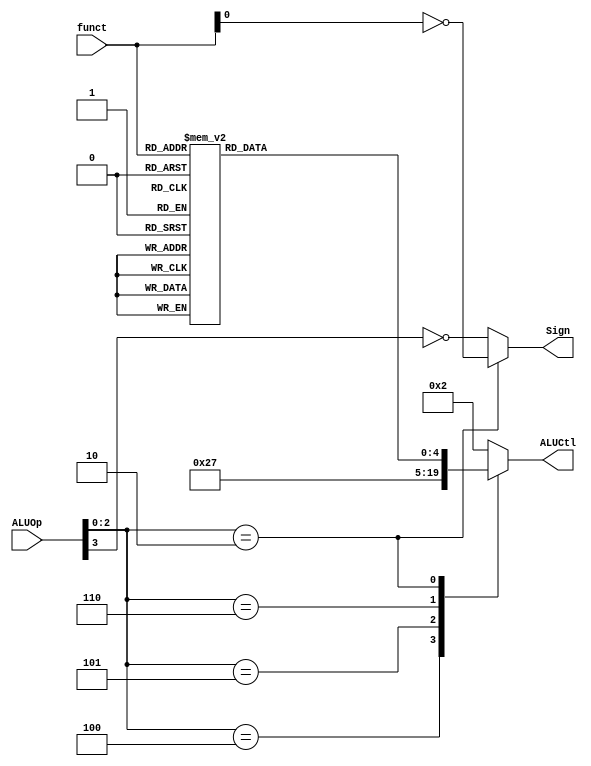
module ALUControl(ALUOp, funct, ALUCtl, Sign);
input [3:0] ALUOp;
input [5:0] funct;
output reg [4:0] ALUCtl;
output Sign;

parameter ALU_AND = 5'b00000;
parameter ALU_OR  = 5'b00001;
parameter ALU_ADD = 5'b00010;
parameter ALU_SUB = 5'b00110;
parameter ALU_SLT = 5'b00111;
parameter ALU_NOR = 5'b01100;
parameter ALU_XOR = 5'b01101;
parameter ALU_SLL = 5'b10000;
parameter ALU_SRL = 5'b11000;
parameter ALU_SRA = 5'b11001;

// ALUOp[2:0] == 3'b010 includes the following instructions (R-type and jr, jalr):
//   add, addu, sub, subu, and, or, xor, nor, sll, srl, sra, slt, sltu, jr, jalr
// funct[0] == 1 for addu, subu, or, nor, sra, sltu, jalr.
// If ALUOp[2:0] != 3'b010, we look at ALUOp[3], which equals OpCode[0].
// We only care about instructions that use the ALU, so they are:
//   lw, sw, lui, addi, addiu, andi, slti, sltiu, beq
// ALUOp[3] == 1 for lw, sw, lui, addiu, sltiu.
// Then we see that ALUOp[3] of the unsigned instructions is 1.
// Thus, for all unsigned instructions, Sign = 0.
assign Sign = (ALUOp[2:0] == 3'b010)? ~funct[0]: ~ALUOp[3];

reg [4:0] aluFunct;
always @(*)
  // For R-type instructions
  case (funct)
    6'b00_0000:
      aluFunct = ALU_SLL;
    6'b00_0010:
      aluFunct = ALU_SRL;
    6'b00_0011:
      aluFunct = ALU_SRA;
    6'b10_0000:
      aluFunct = ALU_ADD;
    6'b10_0001:
      aluFunct = ALU_ADD;
    6'b10_0010:
      aluFunct = ALU_SUB;
    6'b10_0011:
      aluFunct = ALU_SUB;
    6'b10_0100:
      aluFunct = ALU_AND;
    6'b10_0101:
      aluFunct = ALU_OR;
    6'b10_0110:
      aluFunct = ALU_XOR;
    6'b10_0111:
      aluFunct = ALU_NOR;
    6'b10_1010:
      aluFunct = ALU_SLT;
    6'b10_1011:
      aluFunct = ALU_SLT;
    default:
      aluFunct = ALU_ADD;
  endcase

always @(*)
  case (ALUOp[2:0])
    3'b000:
      ALUCtl = ALU_ADD;
    3'b100:
      ALUCtl = ALU_AND;
    3'b101:
      ALUCtl = ALU_OR;
    3'b110:
      ALUCtl = ALU_SLT;
    3'b010:
      ALUCtl = aluFunct;
    default:
      ALUCtl = ALU_ADD;
  endcase

endmodule